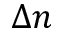
\Delta n